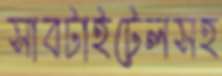
সাবটাইটেলসহ